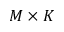
M \times K